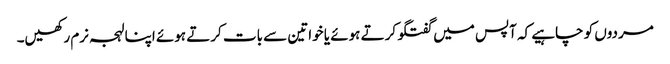
مردوں کو چاہیے کہ آپس میں گفتگو کرتے ہوئے یا خواتین سے بات کرتے ہوئے اپنا لہجہ نرم رکھیں۔